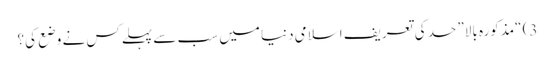
3) “مذکورہ بالا” حد کی تعریف اسلامی دنیا میں سب سے پہلےکس نے وضع کی؟